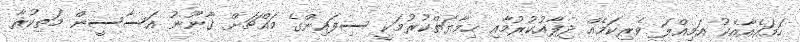
ހަމައެއާއެކު އަމިއްލަ ވެރިކަމެއް ދިފާއުކުރުމާއި ހިމާޔަތްކުރުމަކީ ސިފައިންގެ މައްޗަށް ގާނޫނު އަސާސީން މަތިކުރާ